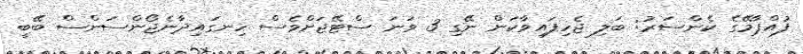
ފުއްޕާމޭގެ ކެންސަރު: ބަލި ޖެހިފައިވާކަން ނޭގި 3 ވަނަ ސްޓޭޖަށްވެސް ހިނގައިދާނެޖޯންސަންސް ބޭބީ